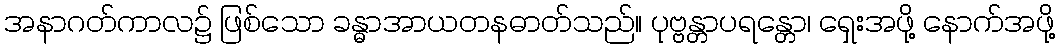
အနာဂတ်ကာလ၌ ဖြစ်သော ခန္ဓာအာယတနဓာတ်သည်။ ပုဗ္ဗန္တာပရန္တော၊ ရှေးအဖို့ နောက်အဖို့